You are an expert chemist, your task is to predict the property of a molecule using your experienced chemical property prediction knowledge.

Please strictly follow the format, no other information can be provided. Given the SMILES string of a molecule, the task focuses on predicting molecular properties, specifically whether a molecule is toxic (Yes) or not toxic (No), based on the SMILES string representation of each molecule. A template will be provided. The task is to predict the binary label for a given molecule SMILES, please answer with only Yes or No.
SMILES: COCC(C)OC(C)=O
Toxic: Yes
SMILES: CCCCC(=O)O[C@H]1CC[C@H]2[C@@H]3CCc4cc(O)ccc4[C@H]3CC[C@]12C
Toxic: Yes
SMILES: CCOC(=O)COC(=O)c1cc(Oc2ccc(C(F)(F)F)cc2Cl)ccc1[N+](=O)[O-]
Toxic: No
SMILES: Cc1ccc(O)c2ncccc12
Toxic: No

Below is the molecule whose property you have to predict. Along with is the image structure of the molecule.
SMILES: Clc1ccc(CSC(Cn2ccnc2)c2ccc(Cl)cc2Cl)cc1
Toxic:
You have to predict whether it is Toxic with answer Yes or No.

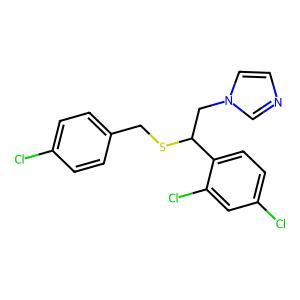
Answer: No